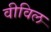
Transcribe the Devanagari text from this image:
वीविल